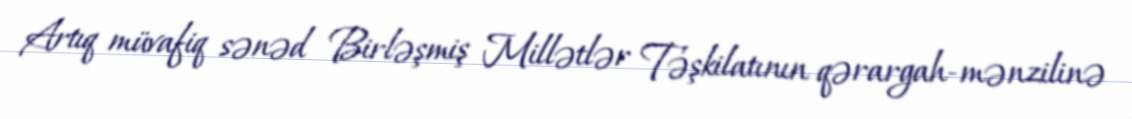
Artıq müvafiq sənəd Birləşmiş Millətlər Təşkilatının qərargah-mənzilinə